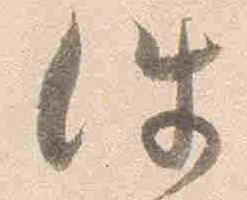
件